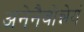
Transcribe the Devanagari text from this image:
अनेनैवोन्नेयं